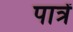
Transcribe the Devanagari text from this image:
पात्रें